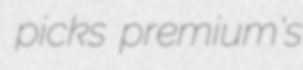
picks premium's